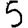
Digit: 5